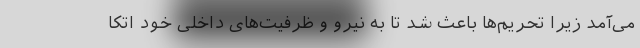
می‌آمد زیرا تحریم‌ها باعث شد تا به نیرو و ظرفیت‌های داخلی خود اتکا